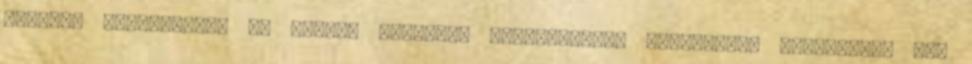
döntési folyamatait az online elérhető információk? Nemzetközi felmérések pl.